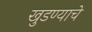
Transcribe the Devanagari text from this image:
खुडण्याचे